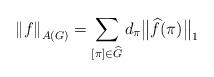
LaTeX: \begin{align*}\left\Vert f \right\Vert_{A(G)} = \sum_{[\pi]\in\widehat{G}}d_\pi\bigl\Vert\widehat{f}(\pi)\bigr\Vert_1\end{align*}